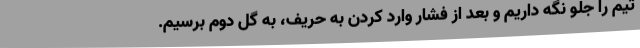
تیم را جلو نگه داریم و بعد از فشار وارد کردن به حریف، به گل دوم برسیم.